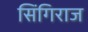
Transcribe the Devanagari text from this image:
सिंगिराज